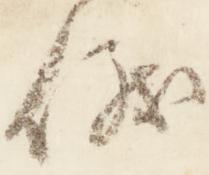
儀